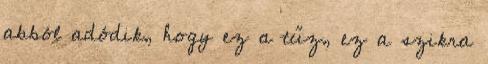
abból adódik, hogy ez a tűz, ez a szikra